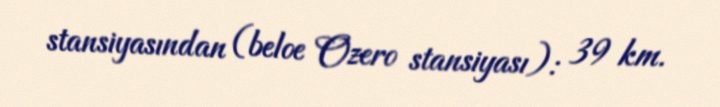
stansiyasından (beloe Ozero stansiyası): 39 km.